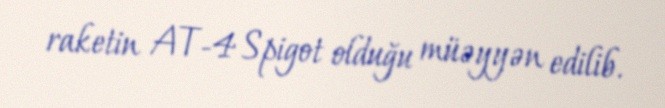
raketin AT-4 Spigot olduğu müəyyən edilib.